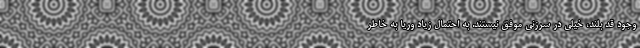
وجود قد بلند، خیلی در سرزنی موفق نیستند. به احتمال زیاد وریا به خاطر